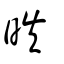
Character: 昳